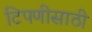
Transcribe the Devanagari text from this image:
टिपणीसाठी